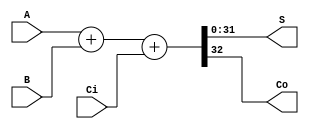
module Adder32 (A, B, Ci, S, Co);

input[31:0] A;
input[31:0] B;
input Ci;
output[31:0] S;
output Co;
wire[32:0] Sum33;
assign Sum33 = A + B + Ci ;
assign S = Sum33[31:0] ;
assign Co = Sum33[32] ;
endmodule